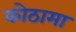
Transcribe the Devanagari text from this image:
कोठामा